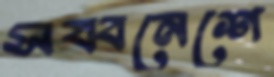
সব্বনেশে